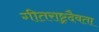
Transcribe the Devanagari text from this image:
गीतराष्ट्रदैवता